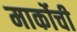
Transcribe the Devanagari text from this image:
मार्कोची